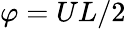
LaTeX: \varphi=UL/2